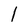
Character: I